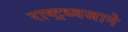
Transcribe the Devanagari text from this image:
राष्ट्रध्वजाने